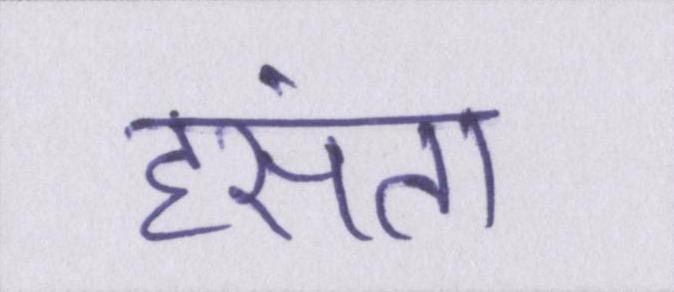
हंसता